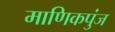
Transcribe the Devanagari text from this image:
माणिकपुंज